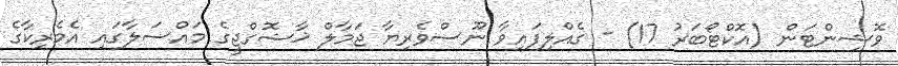
ވޮޝިންޓަން (އޮކްޓޯބަރު 17) - ގެއްލިފައިވާ ނޫސްވެރިޔާ ޖަމާލް ޚާޝޮގްޖީގެ މައްސަލާގައި އެމެރިކާގެ